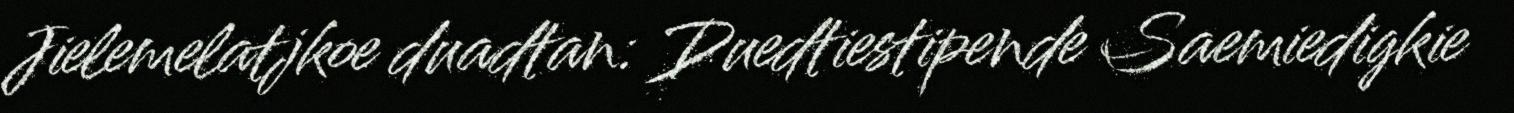
Jielemelatjkoe duadtan: Duedtiestipende Saemiedigkie